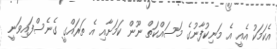
އެކަމަކު އެއީ އެ މަނިކުފާނުގެ މަސައްކަތް ނޫން ކަމަށާއި އެ ތަރައްގީ ގެނެސްފައިވަނީ